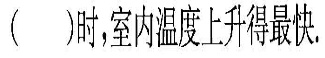
()时，室内温度上升得最快。